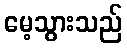
မေ့သွားသည်